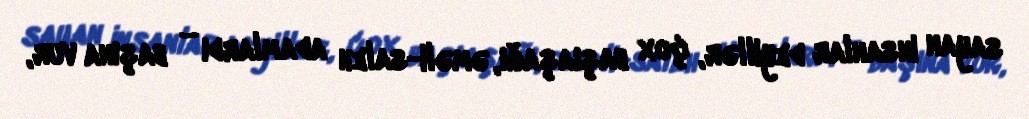
sayan insanlar deyillər, çox başıaşağı, əməli-saleh adamlardı – başına vur,